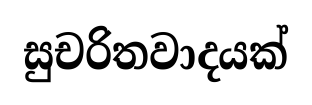
සුචරිතවාදයක්